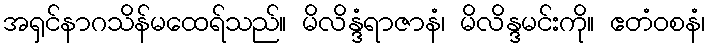
အရှင်နာဂသိန်မထေရ်သည်။ မိလိန္ဒံရာဇာနံ၊ မိလိန္ဒမင်းကို။ ဧတံဝစနံ၊